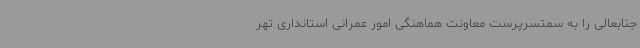
جنابعالی را به سمتسرپرست معاونت هماهنگی امور عمرانی استانداری تهر